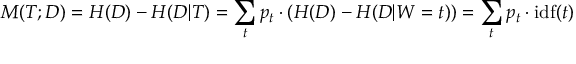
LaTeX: M ( { \cal { T } } ; { \cal { D } } ) = H ( { \cal { D } } ) - H ( { \cal { D } } | { \cal { T } } ) = \sum _ { t } p _ { t } \cdot ( H ( { \cal { D } } ) - H ( { \cal { D } } | W = t ) ) = \sum _ { t } p _ { t } \cdot \mathrm { i d f } ( t )